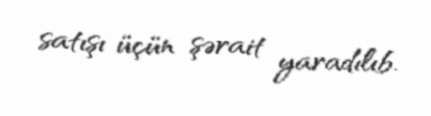
satışı üçün şərait yaradılıb.